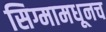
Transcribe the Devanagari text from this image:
सिग्मामधूनच